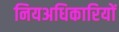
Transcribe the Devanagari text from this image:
नियअधिकारियों